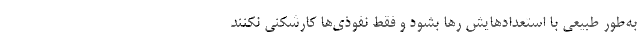
به‌طور طبیعی با استعدادهایش رها بشود و فقط نفوذی‌ها کارشکنی نکنند